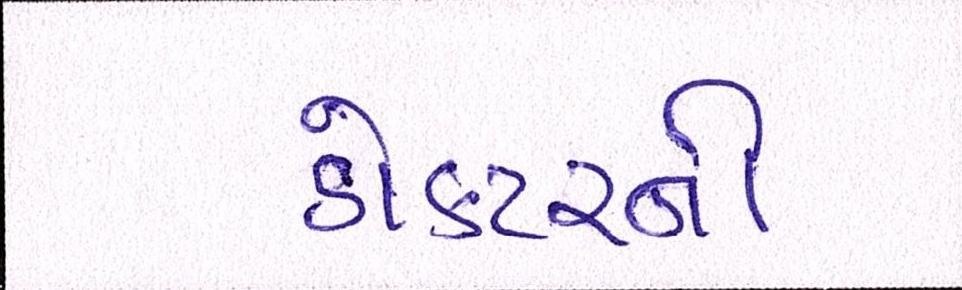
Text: ડોક્ટરની